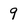
Character: 9